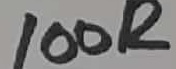
Text: 100R